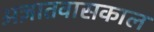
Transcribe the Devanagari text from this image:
अज्ञातवासकाल